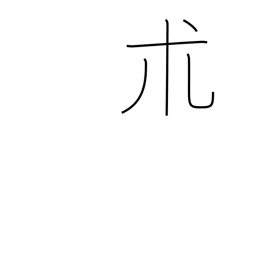
Meaning: a type of herb